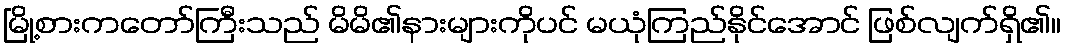
မြို့စားကတော်ကြီးသည် မိမိ၏နားများကိုပင် မယုံကြည်နိုင်အောင် ဖြစ်လျက်ရှိ၏။